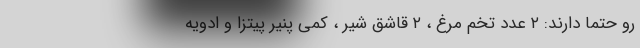
رو حتما دارند: ۲ عدد تخم مرغ ، ۲ قاشق شیر ، کمی پنیر پیتزا و ادویه